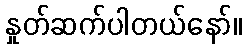
နှုတ်ဆက်ပါတယ်နော်။